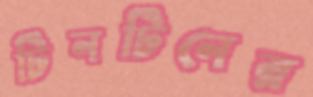
টিনটিনের